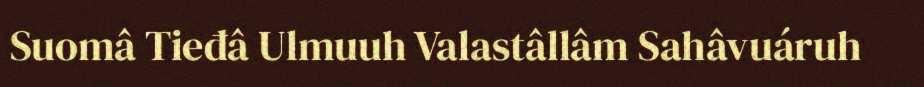
Suomâ Tieđâ Ulmuuh Valastâllâm Sahâvuáruh